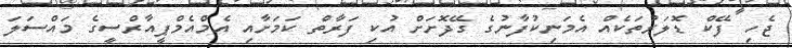
ޖެހި ފޭކް ޑޮލަރުތަކެއް އެމަނިކުފާނުގެ ގޭދޮށަށް އުކި ފަރާތް ކަމަށާއި އެމްއެމްޕީއާރްސީގެ މައްސަލަ